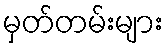
မှတ်တမ်းများ